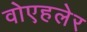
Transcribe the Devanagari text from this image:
वोएहलेर